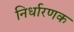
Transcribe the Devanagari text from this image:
निर्धारणक